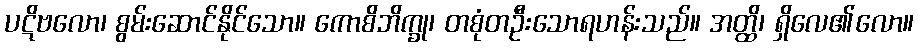
ပဋိဗလော၊ စွမ်းဆောင်နိုင်သော။ ကောစိဘိက္ခု၊ တစုံတဦးသောရဟန်းသည်။ အတ္ထိ၊ ရှိလေ၏လော။